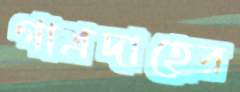
গাত্রদাহের